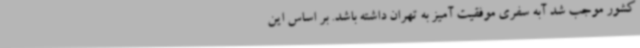
کشور موجب شد آبه سفری موفقیت آمیز به تهران داشته باشد. بر اساس این